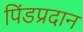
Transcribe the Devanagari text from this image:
पिंडप्रदान